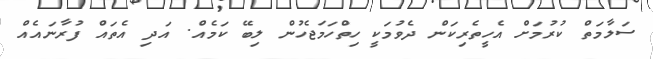
ސަލާމަތް ކުރުމަށް އެހީތެރިކަން ދެވުމަކީ ހިތްހަމަޖެހުން ލިބޭ ކަމެއް. އަދި އެތައް ފުރާނައެއް